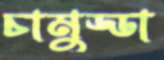
চামুড্ডা